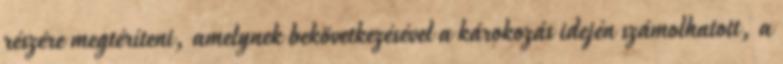
részére megtéríteni, amelynek bekövetkezésével a károkozás idején számolhatott, a